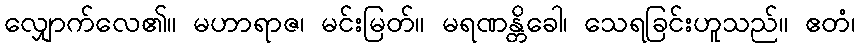
လျှောက်လေ၏။ မဟာရာဇ၊ မင်းမြတ်။ မရဏန္တိခေါ၊ သေရခြင်းဟူသည်။ ဧတံ၊